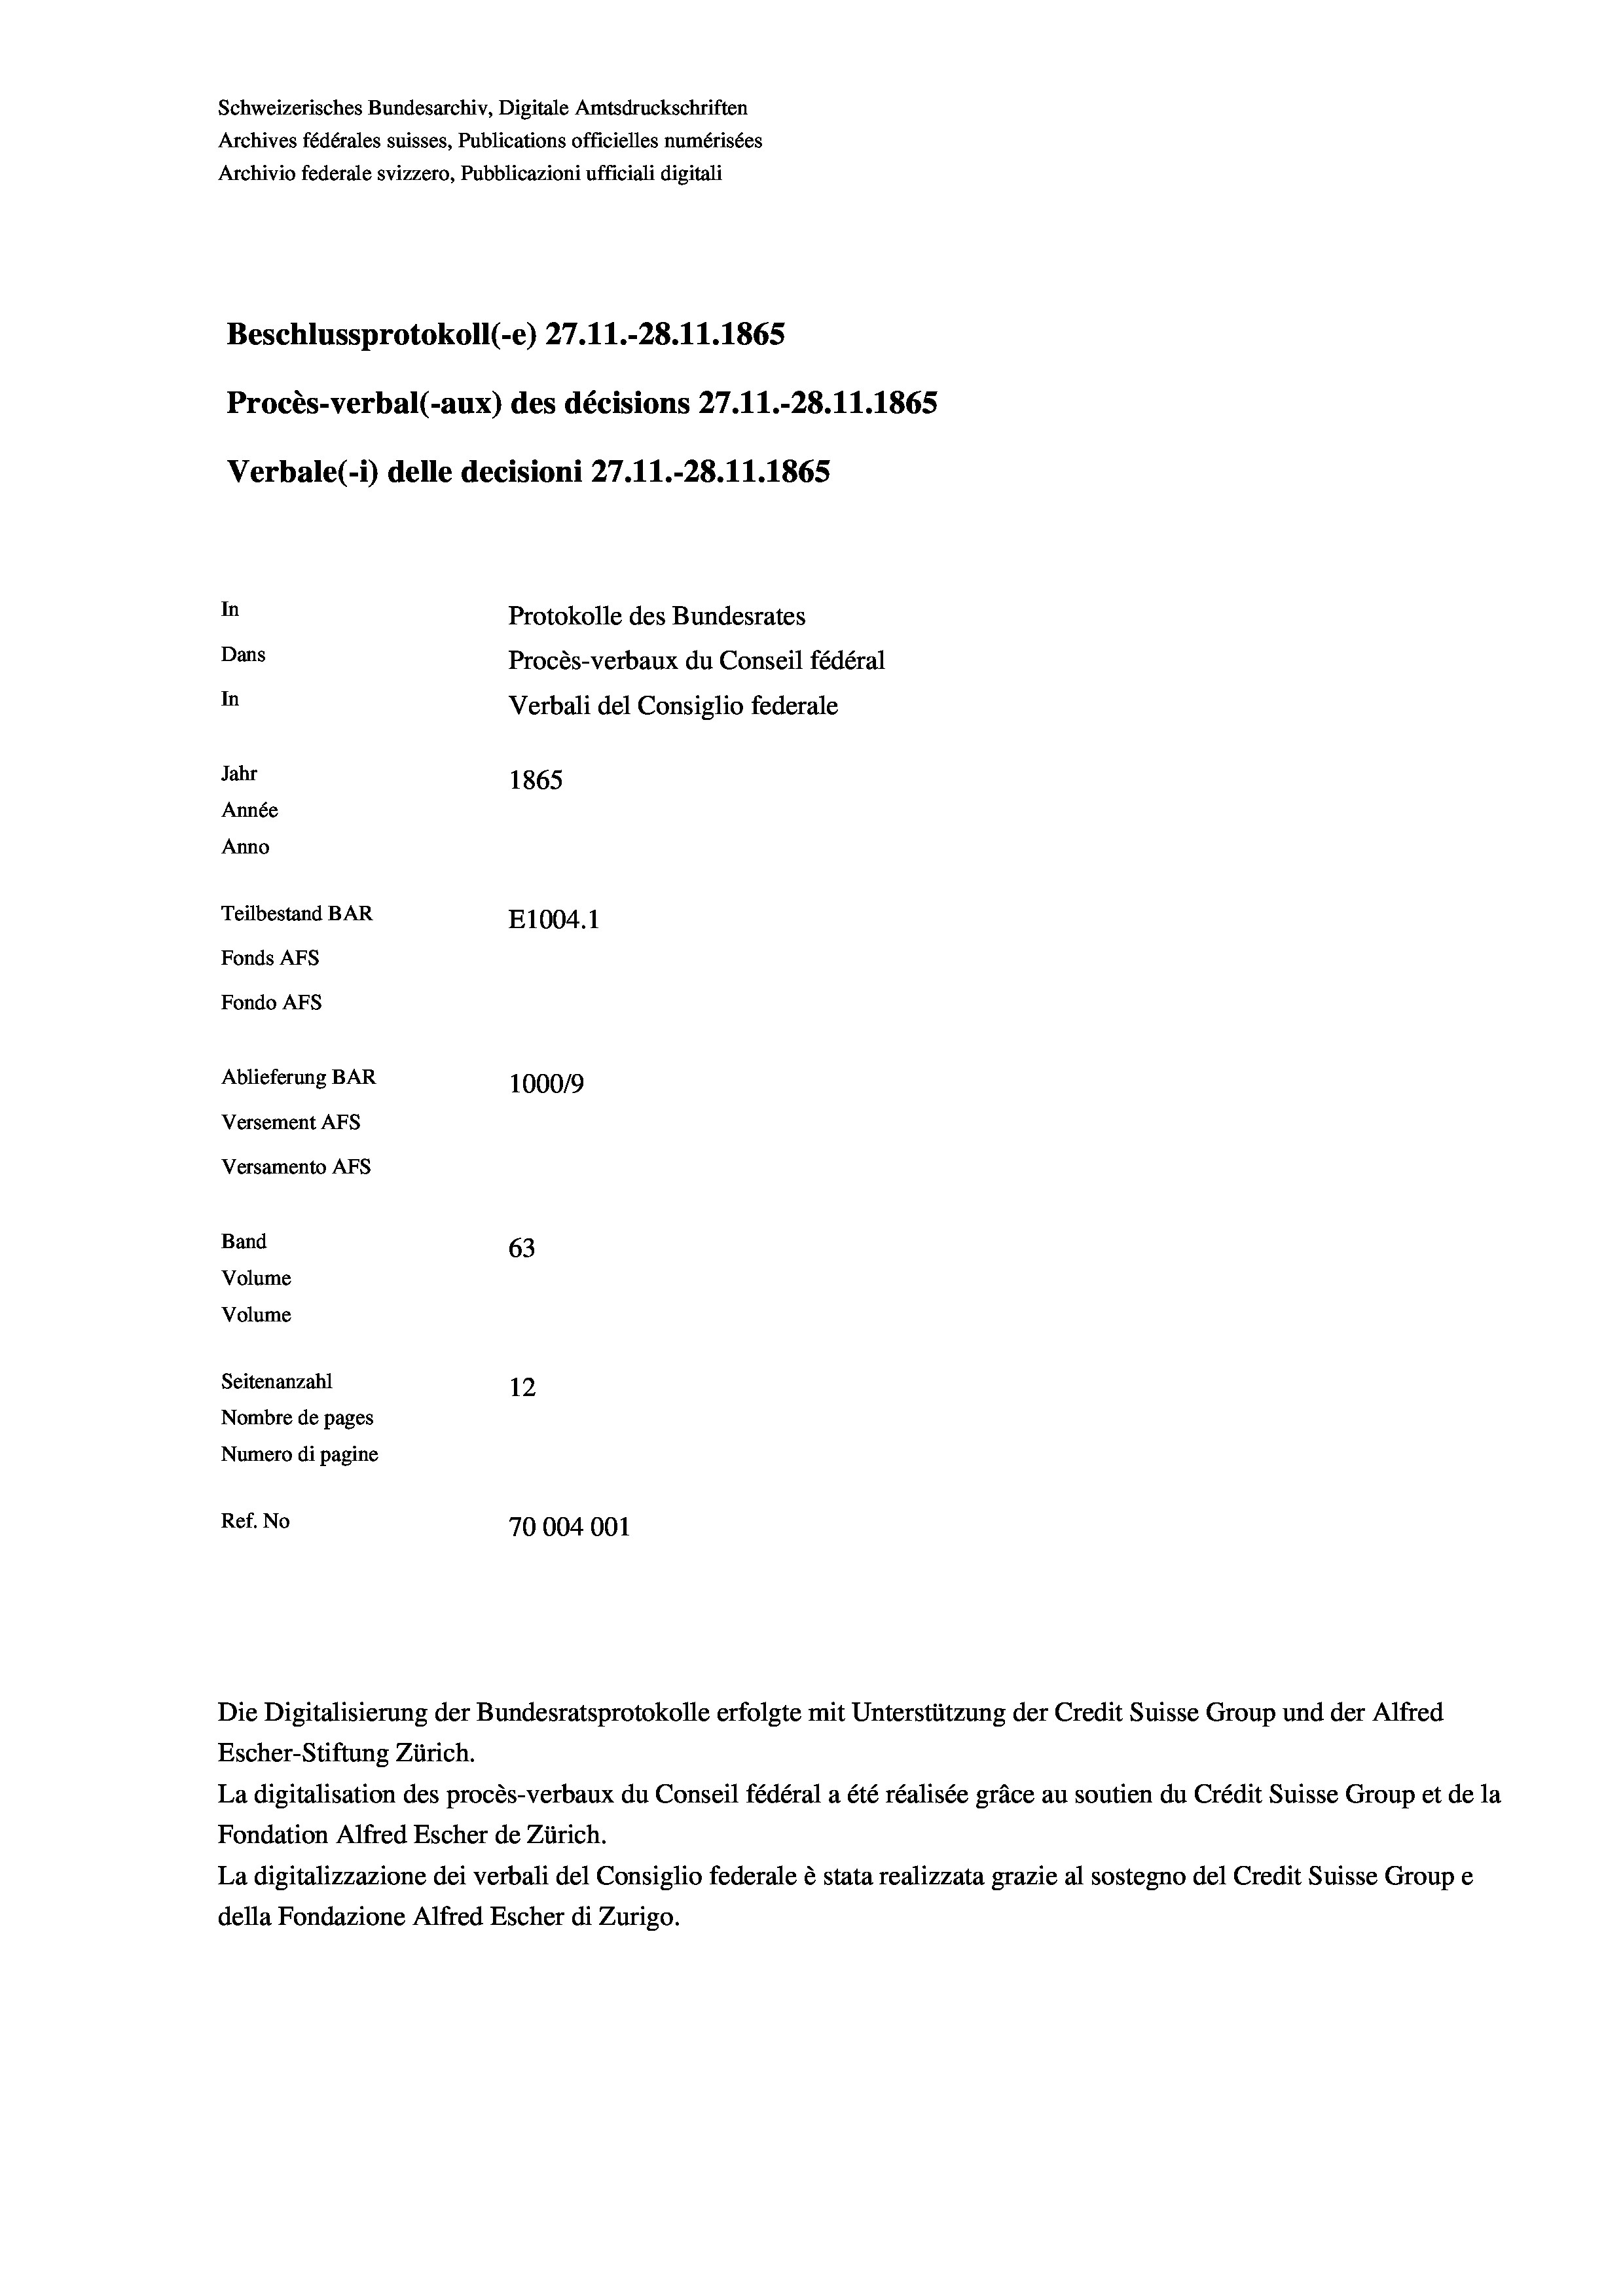
Schweizerisches Bundesarchiv, Digitale Amtsdruckschriften
Archives fédérales suisses, Publications officielles numérisées
Archivio federale svizzero, Pubblicazioni ufficiali digitali
Beschlussprotokoll (-e) 27.11.-28. 11. 1865
Procès-verbal (-aux) des décisions 27.11.-28.11.1865
Verbale(*) delle decisioni 27.11.-28.11.1865
In
Protokolle des Bundesrates
Dans
Procès-verbaux du Conseil fédéral
In
Verbali del Consiglio federale
Jahr
1865
Année
Anno
Teilbestand BAR
E1004.1
Fonds AFs
Fondo AFS
Ablieferung BAR
100019
Versement AFs
Versamento AFs
Band
63
Volume
Volume
Seitenanzahl
12
Nombre de pages
Numero di pagine
Ref. No
70004001

Escher-Stiftung Zürich.
La digitalisation des procès-verbaux du Conseil fédéral a été réalisée gräce au soutien du Crédit Suisse Group et de la
Fondation Alfred Escher de Zürich.
La digitalizzazione dei verbali del Consiglio federale è stata realizzata grazie al sostegno del Credit Suisse Groupe
della Fondazione Alfred Escher di Zurigo.

Die Digitalisierung der Bundesratsprotokolle erfolgte mit Unterstützung der Credit Suisse Group und der Alfred